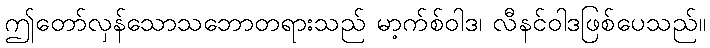
ဤတော်လှန်သောသဘောတရားသည် မာ့က်စ်ဝါဒ၊ လီနင်ဝါဒဖြစ်ပေသည်။